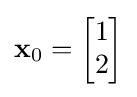
\mathbf {x} _{0}={\begin{bmatrix}1\\2\end{bmatrix}}